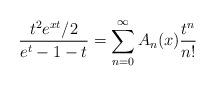
LaTeX: \begin{align*}\frac{t^2 e^{xt}/2}{e^t-1-t}=\sum_{n=0}^{\infty}A_n(x)\frac{t^{n}}{n!}\end{align*}